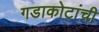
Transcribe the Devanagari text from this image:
गडाकोटांची